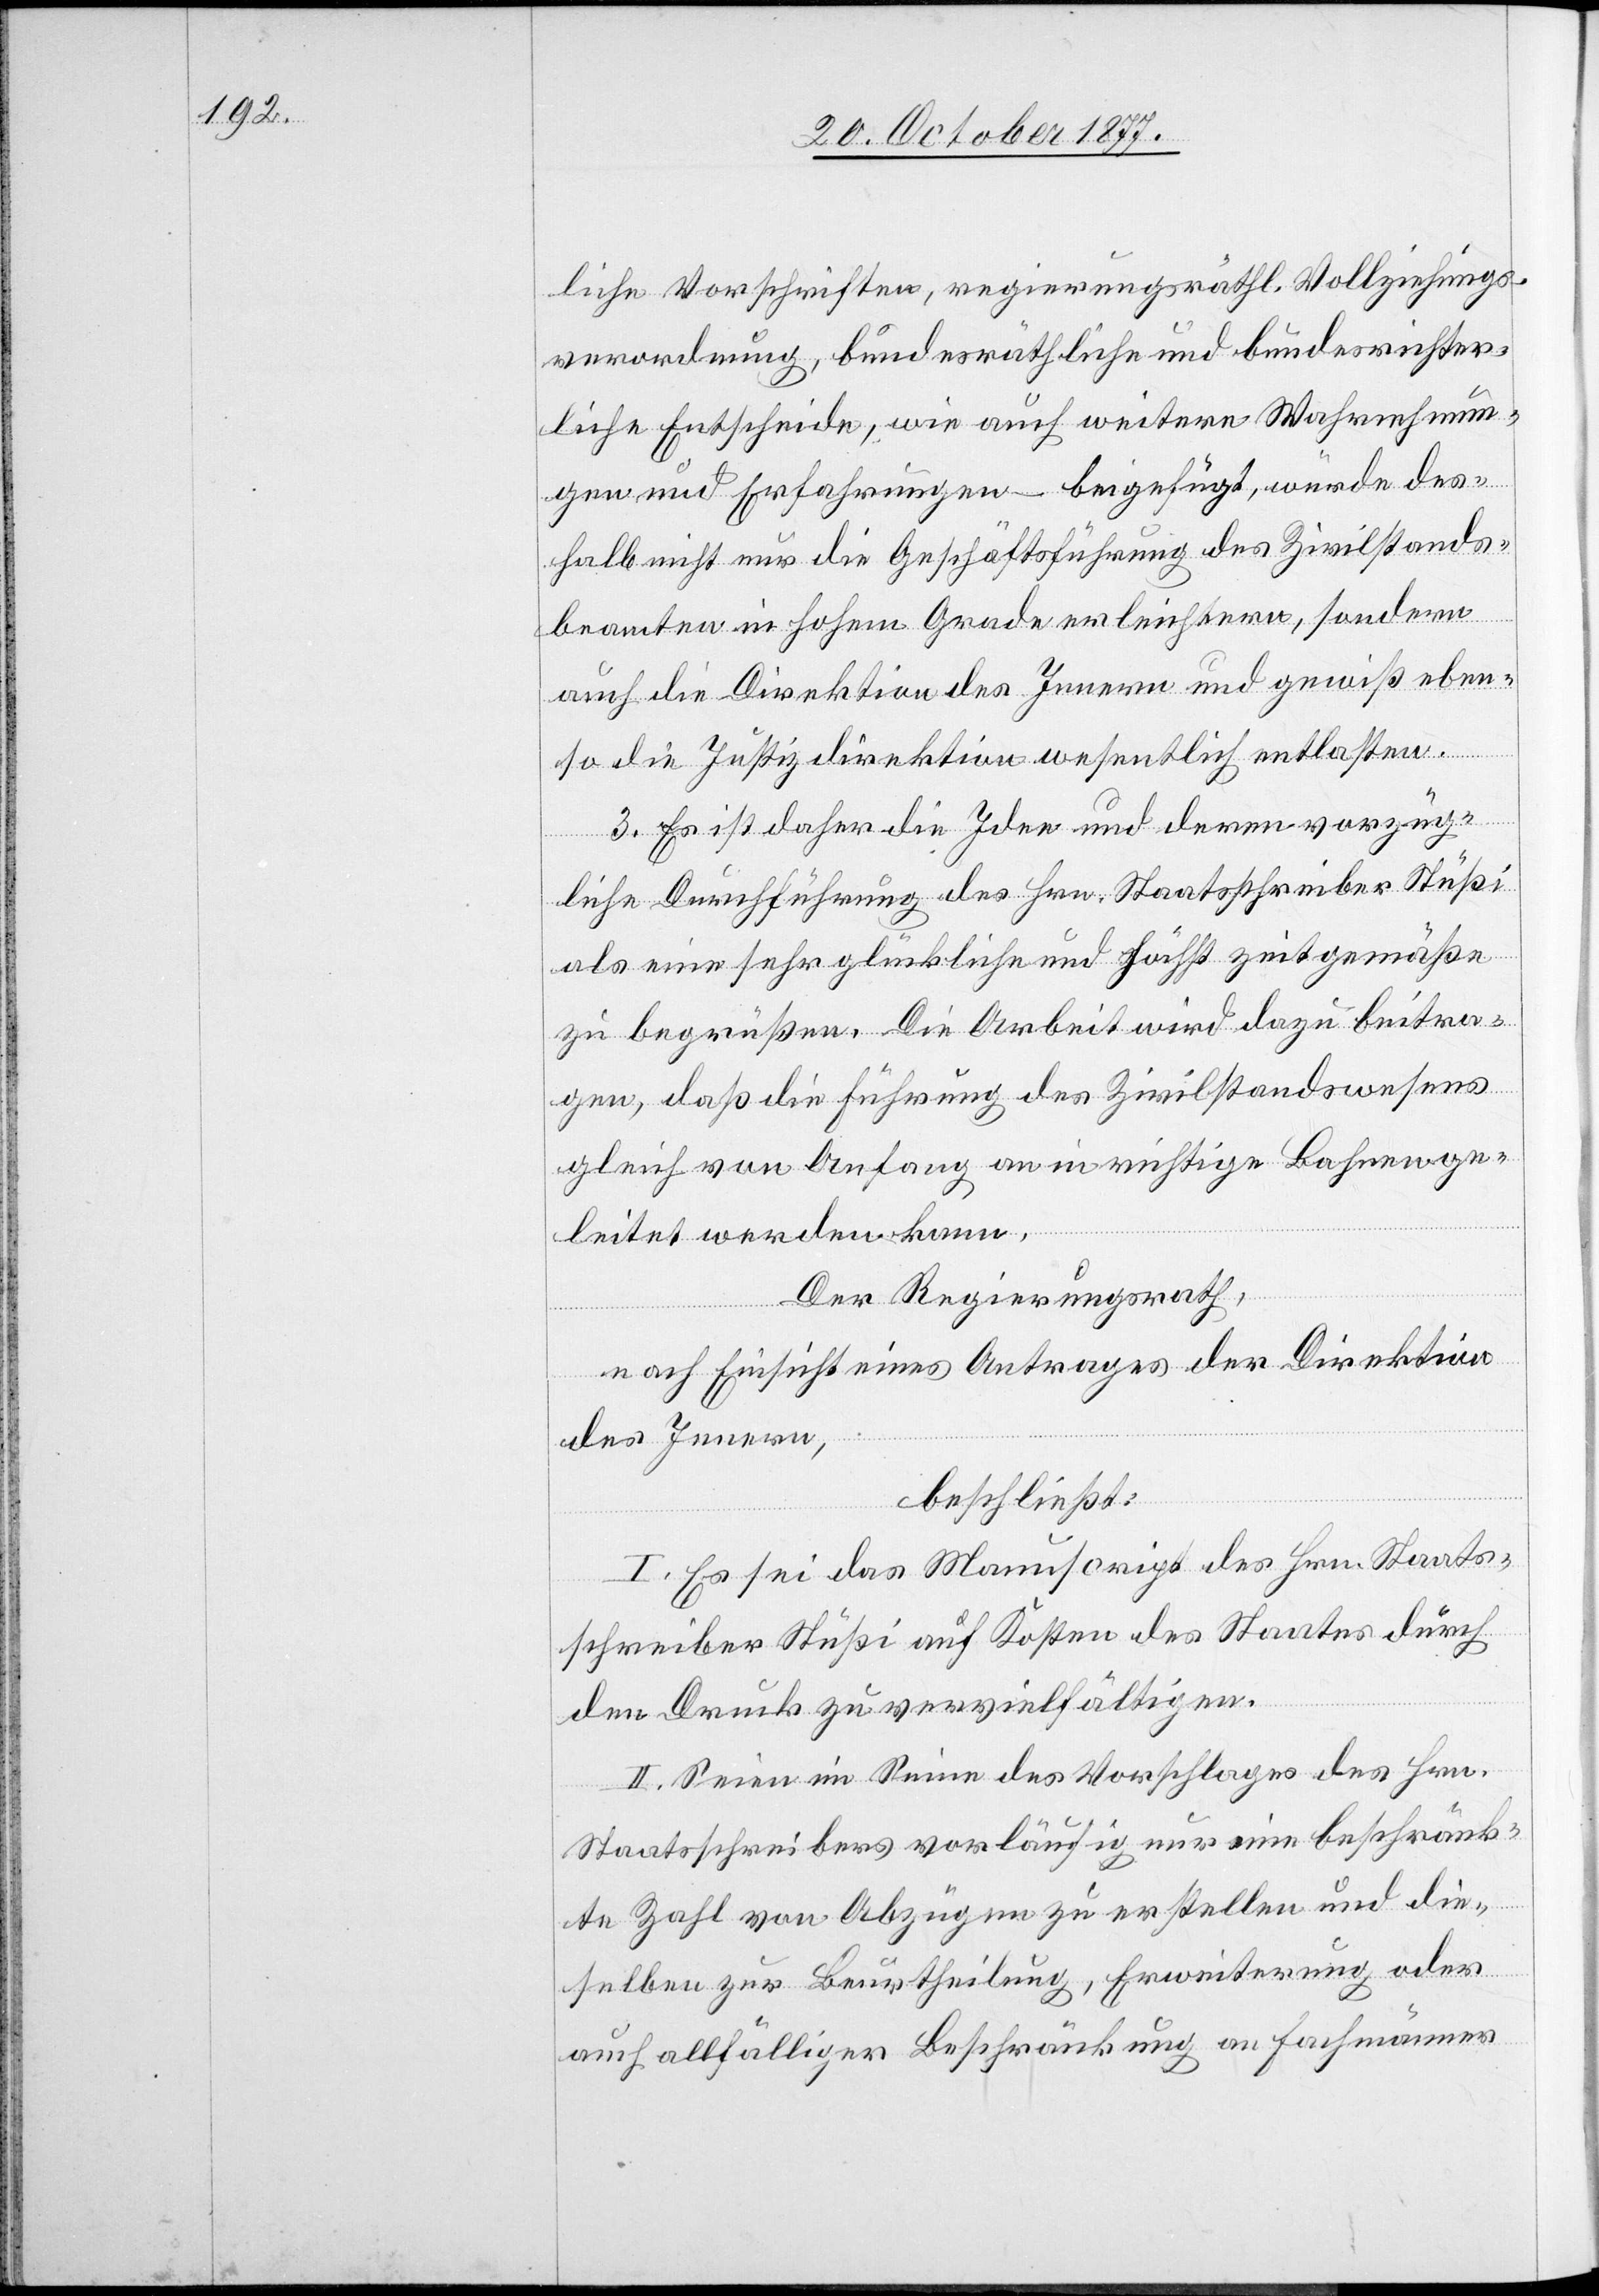
liche Vorschriften, regierungsräthl. Vollziehungs¬
verordnung, bundesräthliche und bundesrichter¬
liche Entscheide, wie auch weitere Wahrnehmun¬
gen und Erfahrungen – beigefügt, würde des¬
halb nicht nur die Geschäftsführung des Zivilstands¬
beamten in hohem Grade erleichtern, sondern
auch die Direktion des Innern und gewiß eben¬
so die Justizdirektion wesentlich entlasten.
3. Es ist daher die Idee und deren vorzüg¬
liche Durchführung des Hrn. Staatsschreiber Stüßi
als eine sehr glückliche und höchst zeitgemäße
zu begrüßen. Die Arbeit wird dazu beitra¬
gen, daß die Führung des Zivilstandswesens
gleich von Anfang an in richtige Bahnen ge¬
leitet werden kann.
Der Regierungsrath
nach Einsicht eines Antrages der Direktion
des Innern,
beschließt:
I. Es sei das Manuscript des Hrn. Staats¬
schreiber Stüßi auf Kosten des Staates durch
den Druck zu vervielfältigen.
II. Seien im Sinne des Vorschlages des Hrn.
Staatsschreibers vorläufig nur eine beschränk¬
te Zahl von Abzügen zu erstellen und die¬
selben zur Beurtheilung, Erweiterung oder
auch allfälliger Beschränkung an Fachmänner